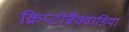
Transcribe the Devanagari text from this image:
क्रिप्टोब्रैंक्वाडिया